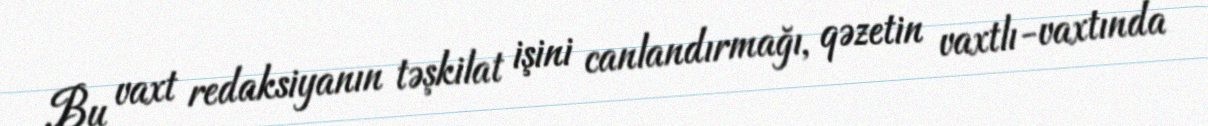
Bu vaxt redaksiyanın təşkilat işini canlandırmağı, qəzetin vaxtlı-vaxtında